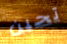
تحين